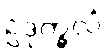
ဥဒုက္ခလံ